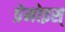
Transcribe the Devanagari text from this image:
प्रेमोइस्